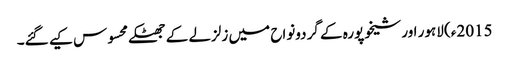
2015ء) لاہور اور شیخوپورہ کے گردونواح میں زلزلے کے جھٹکے محسوس کیے گئے۔